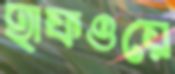
হাফওয়ে